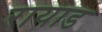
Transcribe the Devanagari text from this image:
रायाड